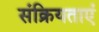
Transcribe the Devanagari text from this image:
संक्रियताएं